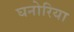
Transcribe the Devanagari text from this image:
घनोरिया